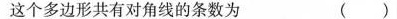
这个多边形共有对角线的条数为 ()